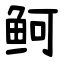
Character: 鲄